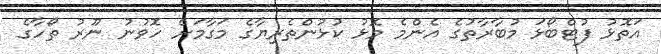
އަތޮޅު ފުޓްބޯޅަ މުބާރާތުގެ އެންމެ މޮޅު ކުޅުންތެރިޔާގެ މަގާމަށް ހޮވުނު ނޫރު ތޯހާގެ